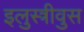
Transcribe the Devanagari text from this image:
इलुस्त्रीवुस